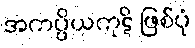
အကပ္ပိယကုဋိ ဖြစ်ပုံ